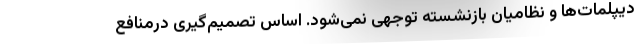
دیپلمات­‌ها و نظامیان بازنشسته توجهی نمی‌شود. اساس تصمیم‌گیری درمنافع